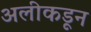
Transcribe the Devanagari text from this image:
अलीकडून